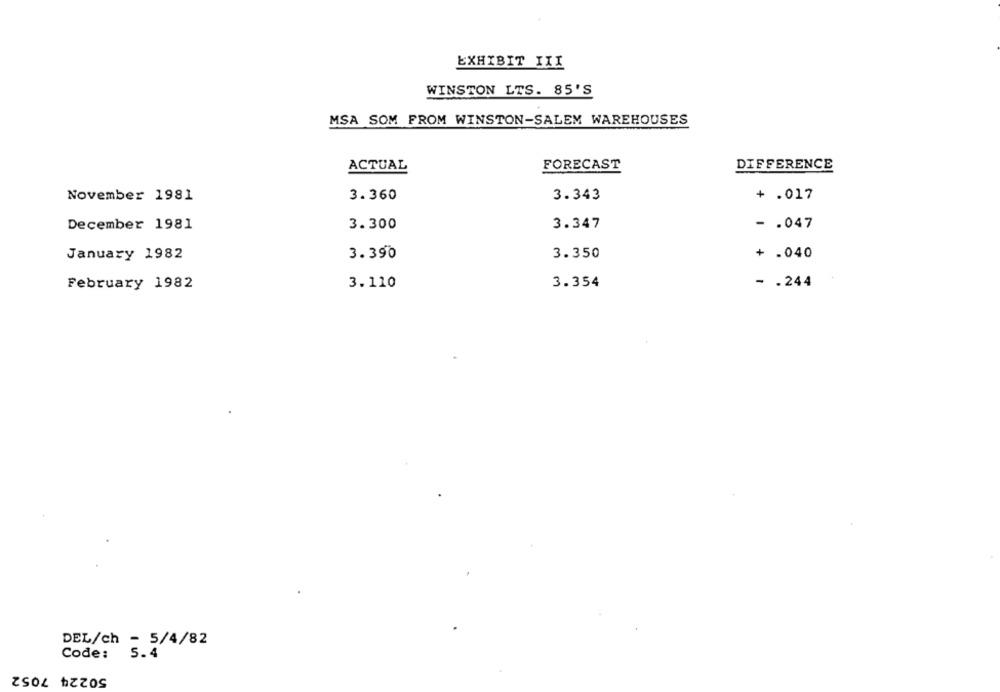
EXHIBIT III
WINSTON LTS. 85'S
MSA SOM FROM WINSTON-SALEM WAREHOUSES
ACTUAL
FORECAST
DIFFERENCE
November 1981
3.360
3.343
+ .017
December 1981
3.300
3.347
- . 047
January 1982
3.390
3.350
+ .040
3.110
3.354
- . 244
February 1982
DEL/ch - 5/4/82
Code:
5.4
50224 7052